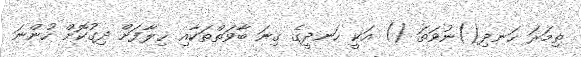
ތިމަރަ ހަނދި()ނުވަތަ () އަކީ ހަނދީގެ ގިނަ ބާވަތްތަކާއި ޚިލާފަށް ދިގުކޮށް ހުންނަ